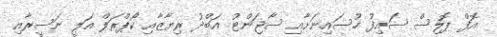
އޮފް ޕޮލިސް ސައިފު ހުސައިނަށާއި ސާޖަންޓު އަބްދު ރިޔާޒާއި ކޯޕްރަލް އަލީ ނަސީރާއި